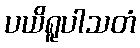
ပယိရူပါသတံ